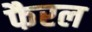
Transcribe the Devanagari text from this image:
फैरल